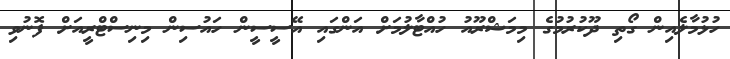
ހުޅުމާލެއިން ގޯތި ދޫކުރުމުގެ މިމަޝްރޫއު ހުއްޓާލުމަށް އަންގައި އޭސީސީން ހައުސިން މިނިސްޓްރީއަށް ފޮނުވި